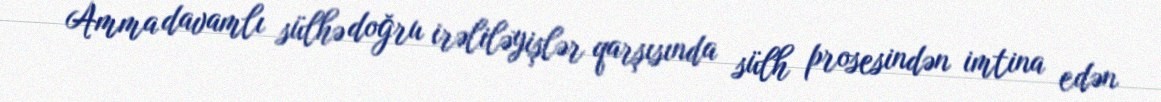
Amma davamlı sülhə doğru irəliləyişlər qarşısında sülh prosesindən imtina edən